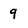
Character: q